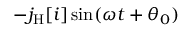
- j _ { \mathrm { H } } [ i ] \sin ( \omega t + \theta _ { 0 } )